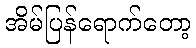
အိမ်ပြန်ရောက်တော့